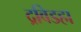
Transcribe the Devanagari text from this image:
द्रविडहा